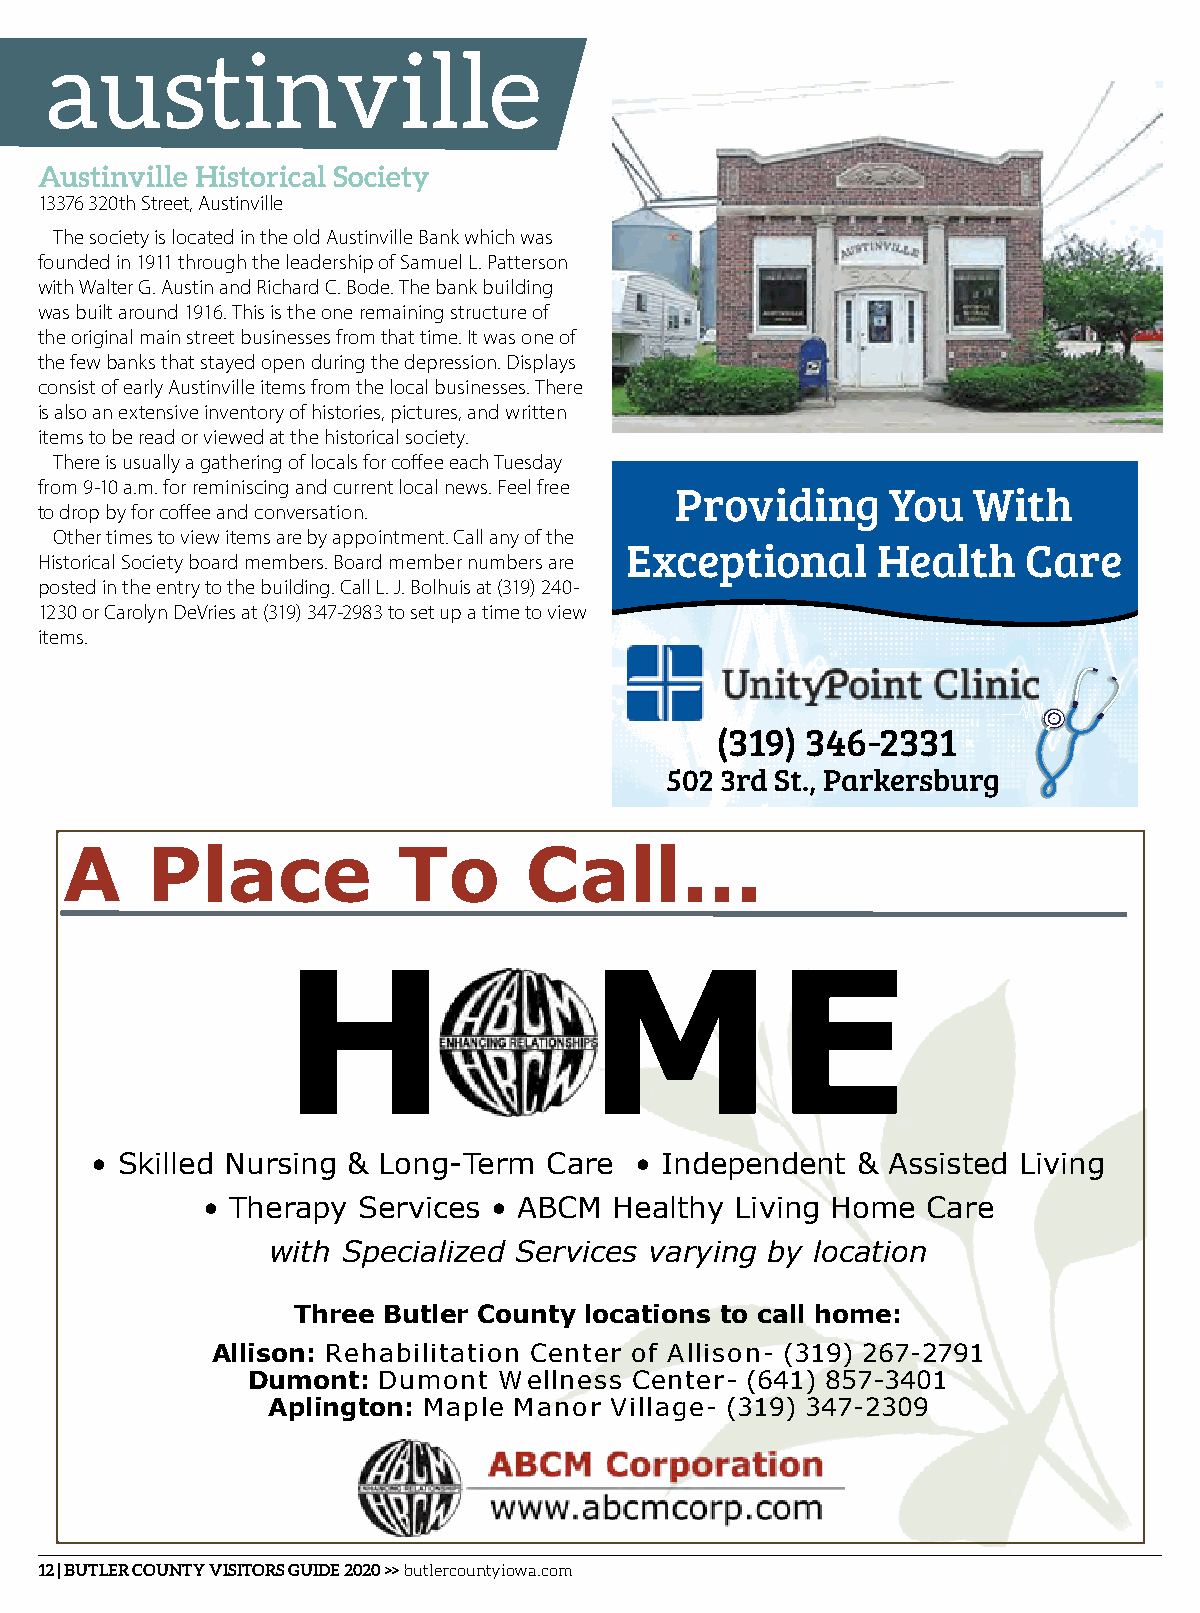
austinville
 Austinville Historical Society
 13376 320th Street, Austinville
 The society is located in the old Austinville Bank which was
 founded in 1911 through the leadership of Samuel L. Patterson
 with Walter G. Austin and Richard C. Bode. The bank building
 was built around 1916. This is the one remaining structure of
 the original main street businesses from that time. It was one of
 the few banks that stayed open during the depression. Displays
 consist of early Austinville items from the local businesses. There
 is also an extensive inventory of histories, pictures, and written
 items to be read or viewed at the historical society.
 There is usually a gathering of locals for coffee each Tuesday
 from 9-10 a.m. for reminiscing and current local news. Feel free
 Providing     You  With
 to drop by for coffee and conversation.
 Other times to view items are by appointment. Call any of the
 Exceptional      Health    Care
 Historical Society board members. Board member numbers are
 posted in the entry to the building. Call L. J. Bolhuis at (319) 240-
 1230 or Carolyn DeVries at (319) 347-2983 to set up a time to view
 items.
 (319) 346-2331
 502 3rd St., Parkersburg
 A     Place           To       Call...
 H                   ME
 • Skilled Nursing & Long-Term Care  • Independent  & Assisted Living
 • Therapy  Services • ABCM  Healthy Living Home Care
 with Specialized Services varying by location
 Three Butler County locations to call home:
 Allison: Rehabilitation Center of Allison- (319) 267-2791
 Dumont:  Dumont  Wellness Center- (641) 857-3401
 Aplington: Maple Manor Village- (319) 347-2309
 12 | BUTLER COUNTY VISITORS GUIDE 2020 >> butlercountyiowa.com